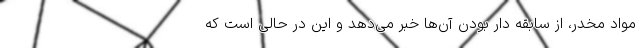
مواد مخدر، از سابقه‌ دار بودن آن‌ها خبر می‌دهد و این در حالی است که